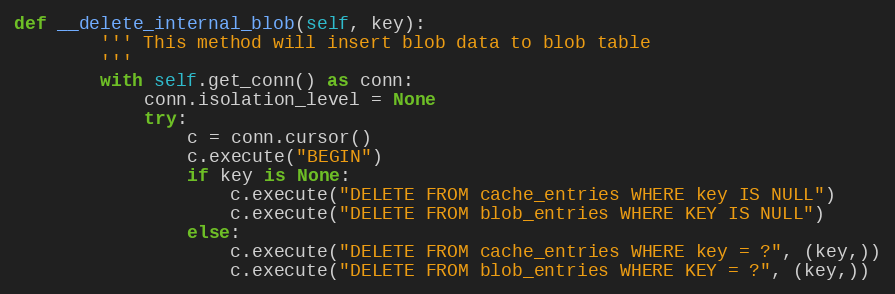
Language: Python
def __delete_internal_blob(self, key):
        ''' This method will insert blob data to blob table
        '''
        with self.get_conn() as conn:
            conn.isolation_level = None
            try:
                c = conn.cursor()
                c.execute("BEGIN")
                if key is None:
                    c.execute("DELETE FROM cache_entries WHERE key IS NULL")
                    c.execute("DELETE FROM blob_entries WHERE KEY IS NULL")
                else:
                    c.execute("DELETE FROM cache_entries WHERE key = ?", (key,))
                    c.execute("DELETE FROM blob_entries WHERE KEY = ?", (key,))